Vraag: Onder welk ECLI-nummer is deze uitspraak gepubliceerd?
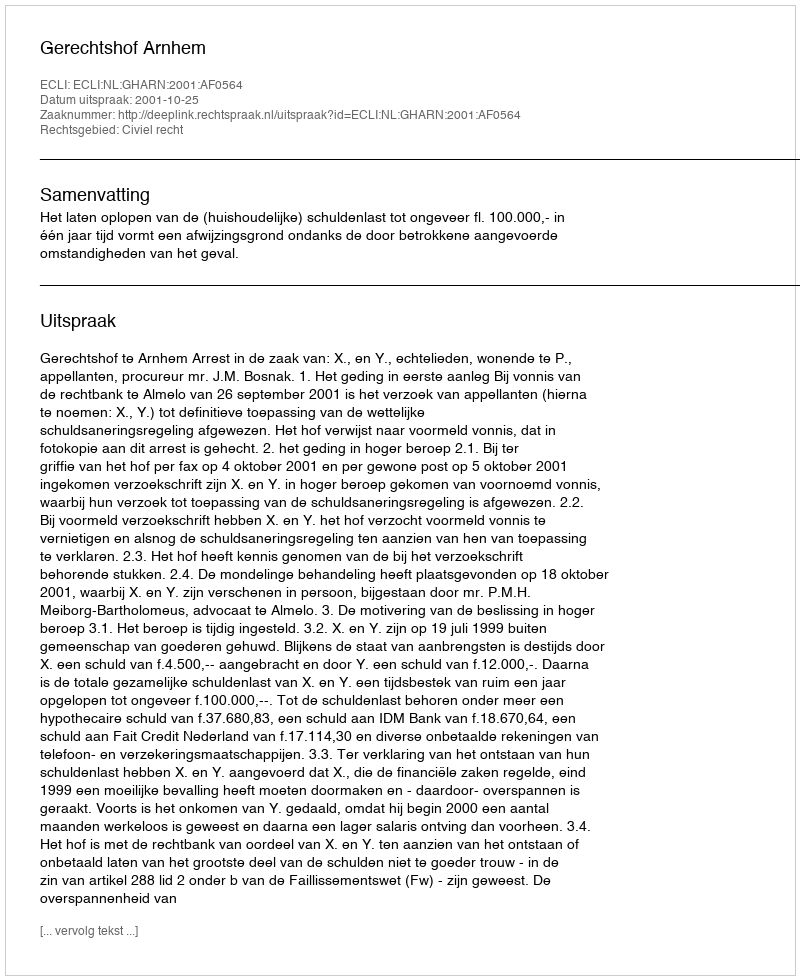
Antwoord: ECLI:NL:GHARN:2001:AF0564